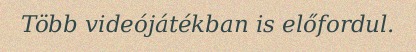
Több videójátékban is előfordul.